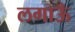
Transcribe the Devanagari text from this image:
लगाऊँ